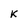
Character: k